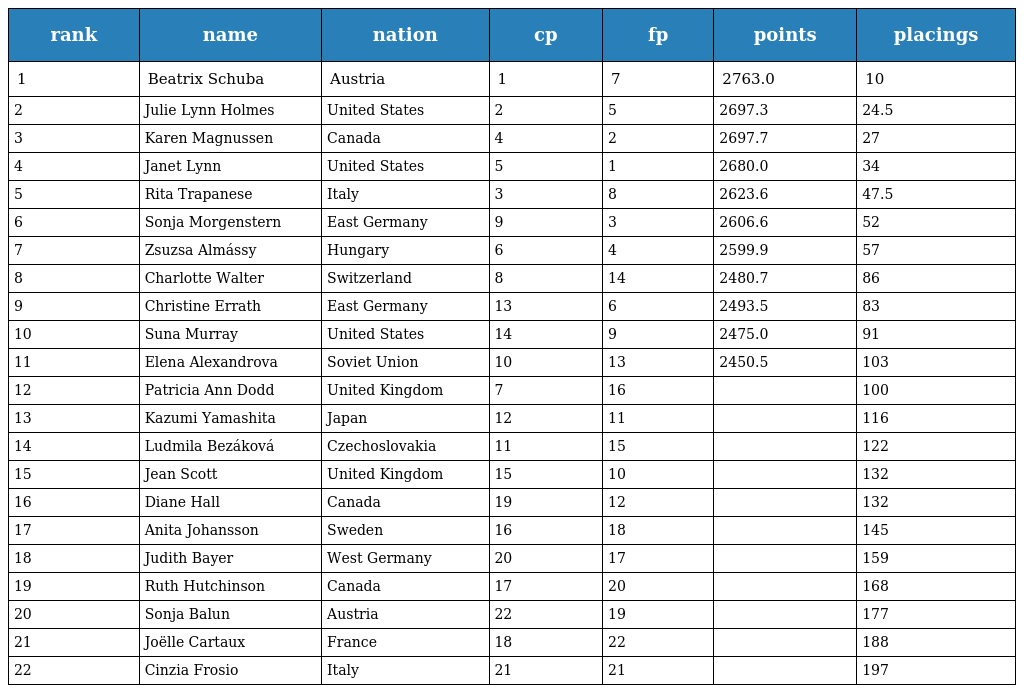
| rank | name | nation | cp | fp | points | placings |
 | --- | --- | --- | --- | --- | --- | --- |
 | 1 | Beatrix Schuba | Austria | 1 | 7 | 2763.0 | 10 |
 | 2 | Julie Lynn Holmes | United States | 2 | 5 | 2697.3 | 24.5 |
 | 3 | Karen Magnussen | Canada | 4 | 2 | 2697.7 | 27 |
 | 4 | Janet Lynn | United States | 5 | 1 | 2680.0 | 34 |
 | 5 | Rita Trapanese | Italy | 3 | 8 | 2623.6 | 47.5 |
 | 6 | Sonja Morgenstern | East Germany | 9 | 3 | 2606.6 | 52 |
 | 7 | Zsuzsa Almássy | Hungary | 6 | 4 | 2599.9 | 57 |
 | 8 | Charlotte Walter | Switzerland | 8 | 14 | 2480.7 | 86 |
 | 9 | Christine Errath | East Germany | 13 | 6 | 2493.5 | 83 |
 | 10 | Suna Murray | United States | 14 | 9 | 2475.0 | 91 |
 | 11 | Elena Alexandrova | Soviet Union | 10 | 13 | 2450.5 | 103 |
 | 12 | Patricia Ann Dodd | United Kingdom | 7 | 16 |  | 100 |
 | 13 | Kazumi Yamashita | Japan | 12 | 11 |  | 116 |
 | 14 | Ludmila Bezáková | Czechoslovakia | 11 | 15 |  | 122 |
 | 15 | Jean Scott | United Kingdom | 15 | 10 |  | 132 |
 | 16 | Diane Hall | Canada | 19 | 12 |  | 132 |
 | 17 | Anita Johansson | Sweden | 16 | 18 |  | 145 |
 | 18 | Judith Bayer | West Germany | 20 | 17 |  | 159 |
 | 19 | Ruth Hutchinson | Canada | 17 | 20 |  | 168 |
 | 20 | Sonja Balun | Austria | 22 | 19 |  | 177 |
 | 21 | Joëlle Cartaux | France | 18 | 22 |  | 188 |
 | 22 | Cinzia Frosio | Italy | 21 | 21 |  | 197 |